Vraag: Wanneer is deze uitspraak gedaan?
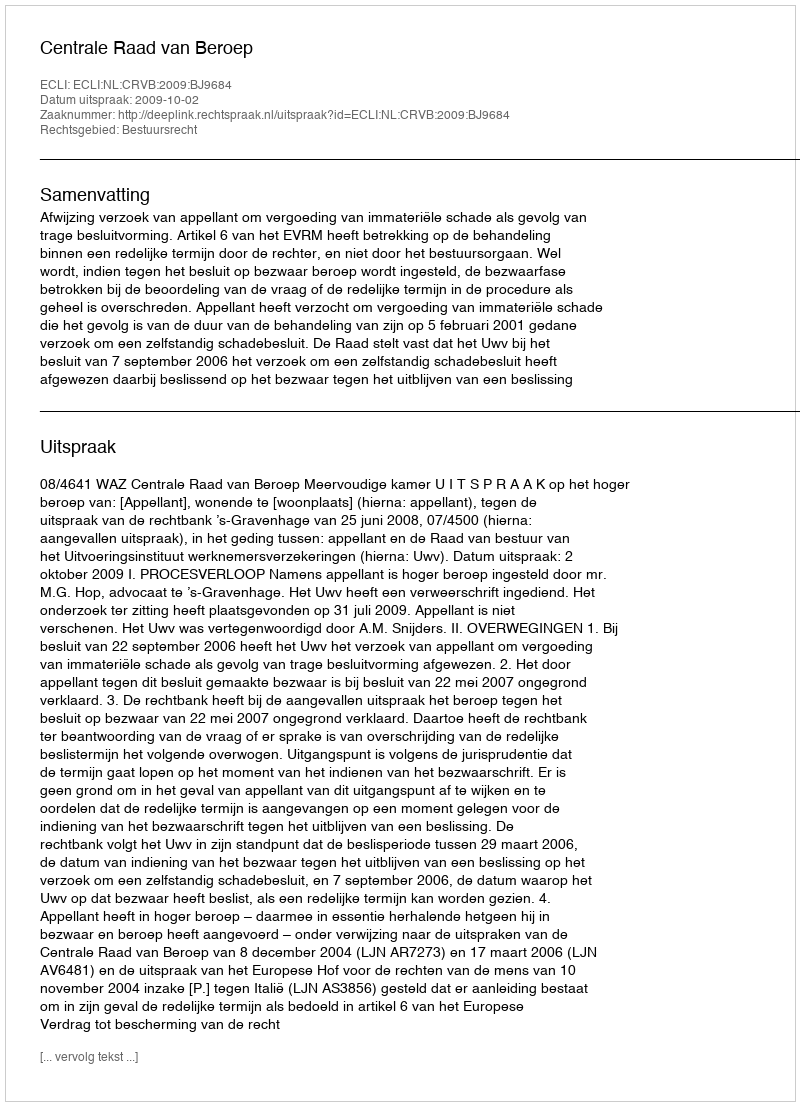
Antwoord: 2009-10-02